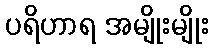
ပရိဟာရ အမျိုးမျိုး